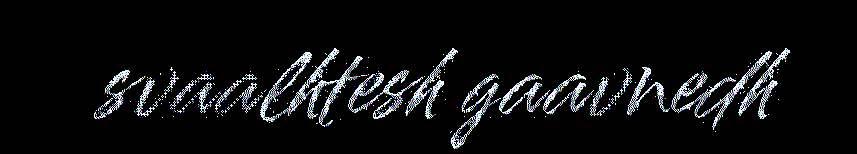
svaalhtesh gaavnedh